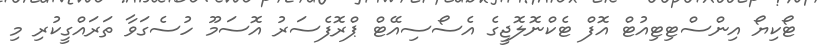
ޓޯކިޔޯ އިންސްޓިޓިއުޓް އޮފް ޓެކްނޮލޮޖީގެ އެސޯސިއޭޓް ޕްރޮފެސަރު އޮސަމޫ ހުސެގަވާ ތަރައްގީކުރި މި